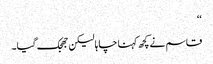
‘‘
قاسم نے کچھ کہنا چاہا لیکن جھجک گیا۔